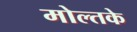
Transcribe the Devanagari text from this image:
मोल्तके